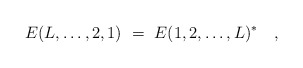
\begin{align*}E(L,\ldots,2,1)\ =\ E(1,2,\ldots,L)^* \quad,\end{align*}